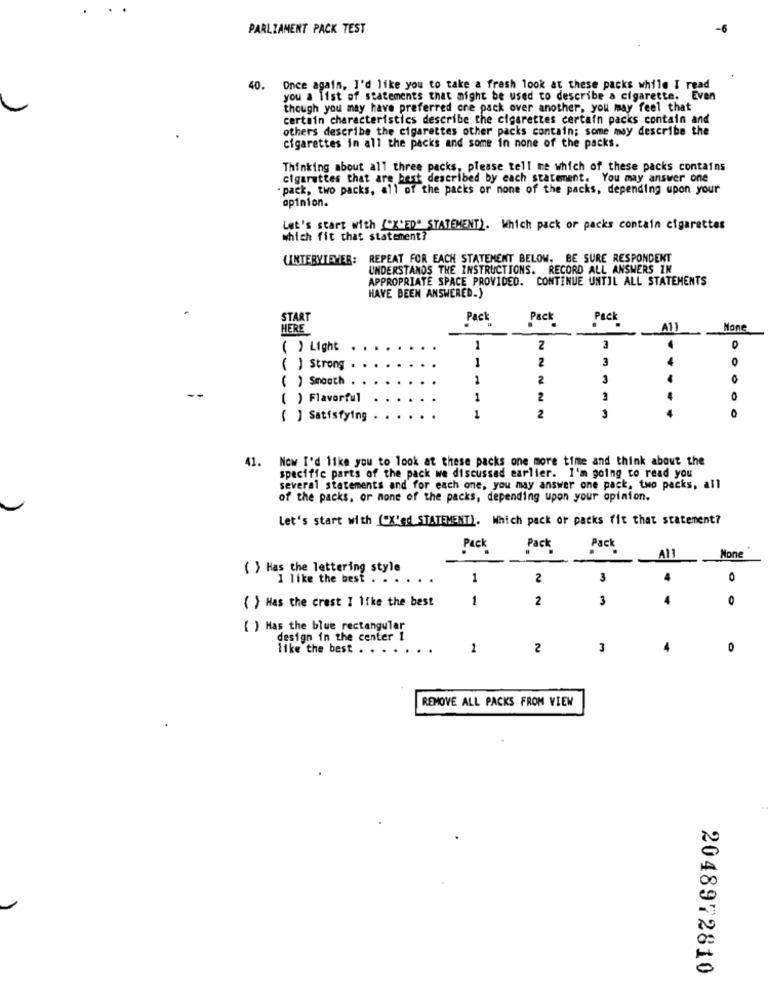
PARLIAMENT PACK TEST
-6
40.
Once again, I'd like you to take a fresh look at these packs while I read
you a list of statements that might be used to describe a cigarette. Even
though you may have preferred one pack over another, you may feel that
certain characteristics describe the cigarettes certain packs contain and
others describe the cigarettes other packs contain; some may describe the
cigarettes in all the packs and some in none of the packs.
Thinking about all three packs, please tell me which of these packs contains
cigarettes that are best described by each statement. You may answer one
. pack, two packs, all of the packs or none of the packs, depending upon your
opinion.
Let's start with {"X'ED" STATEMENT). Which pack or packs contain cigarettes
which fit that statement?
CINTEBYTEHER: REPEAT FOR EACH STATEMENT BELOW. BE SURE RESPONDENT
UNDERSTANDS THE INSTRUCTIONS. RECORD ALL ANSWERS EN
APPROPRIATE SPACE PROVIDED. CONTINUE UNTIL ALL STATEMENTS
HAVE BEEN ANSWERED.)
START
Pack
Pack
Pack
HERE
A11
( ) Light
1
2
3
O
1
2
3
0
( ) Strong
( ) Smooth
1
2
3
( ) Flavorful
1
2
3
O
( ) Satisfying
1
2
3
0
41.
Now I'd like you to look at these packs one more time and think about the
specific parts of the pack we discussed earlier. I'm going to read you
several statements and for each one, you may answer one pack, two packs, all
of the packs, or none of the packs, depending upon your opinion.
Let's start with ("X'ed STATEMENT). Which pack or packs fit that statement?
Pack
Pack
Pack
Al1
Mone
( ) Has the lettering style
I like the best . . ..
1
2
3
4
0
( ) Has the crest I like the best
1
2
3
0
( ) Has the blue rectangular
design in the center 1
like the best . . . . . .
1
2
3
0
REMOVE ALL PACKS FROM VIEW
2048972810